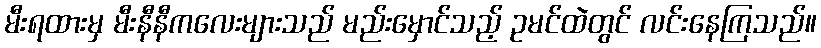
မီးရထားမှ မီးနီနီကလေးများသည် မည်းမှောင်သည့် ဥမင်ထဲတွင် လင်းနေကြသည်။